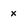
Character: X